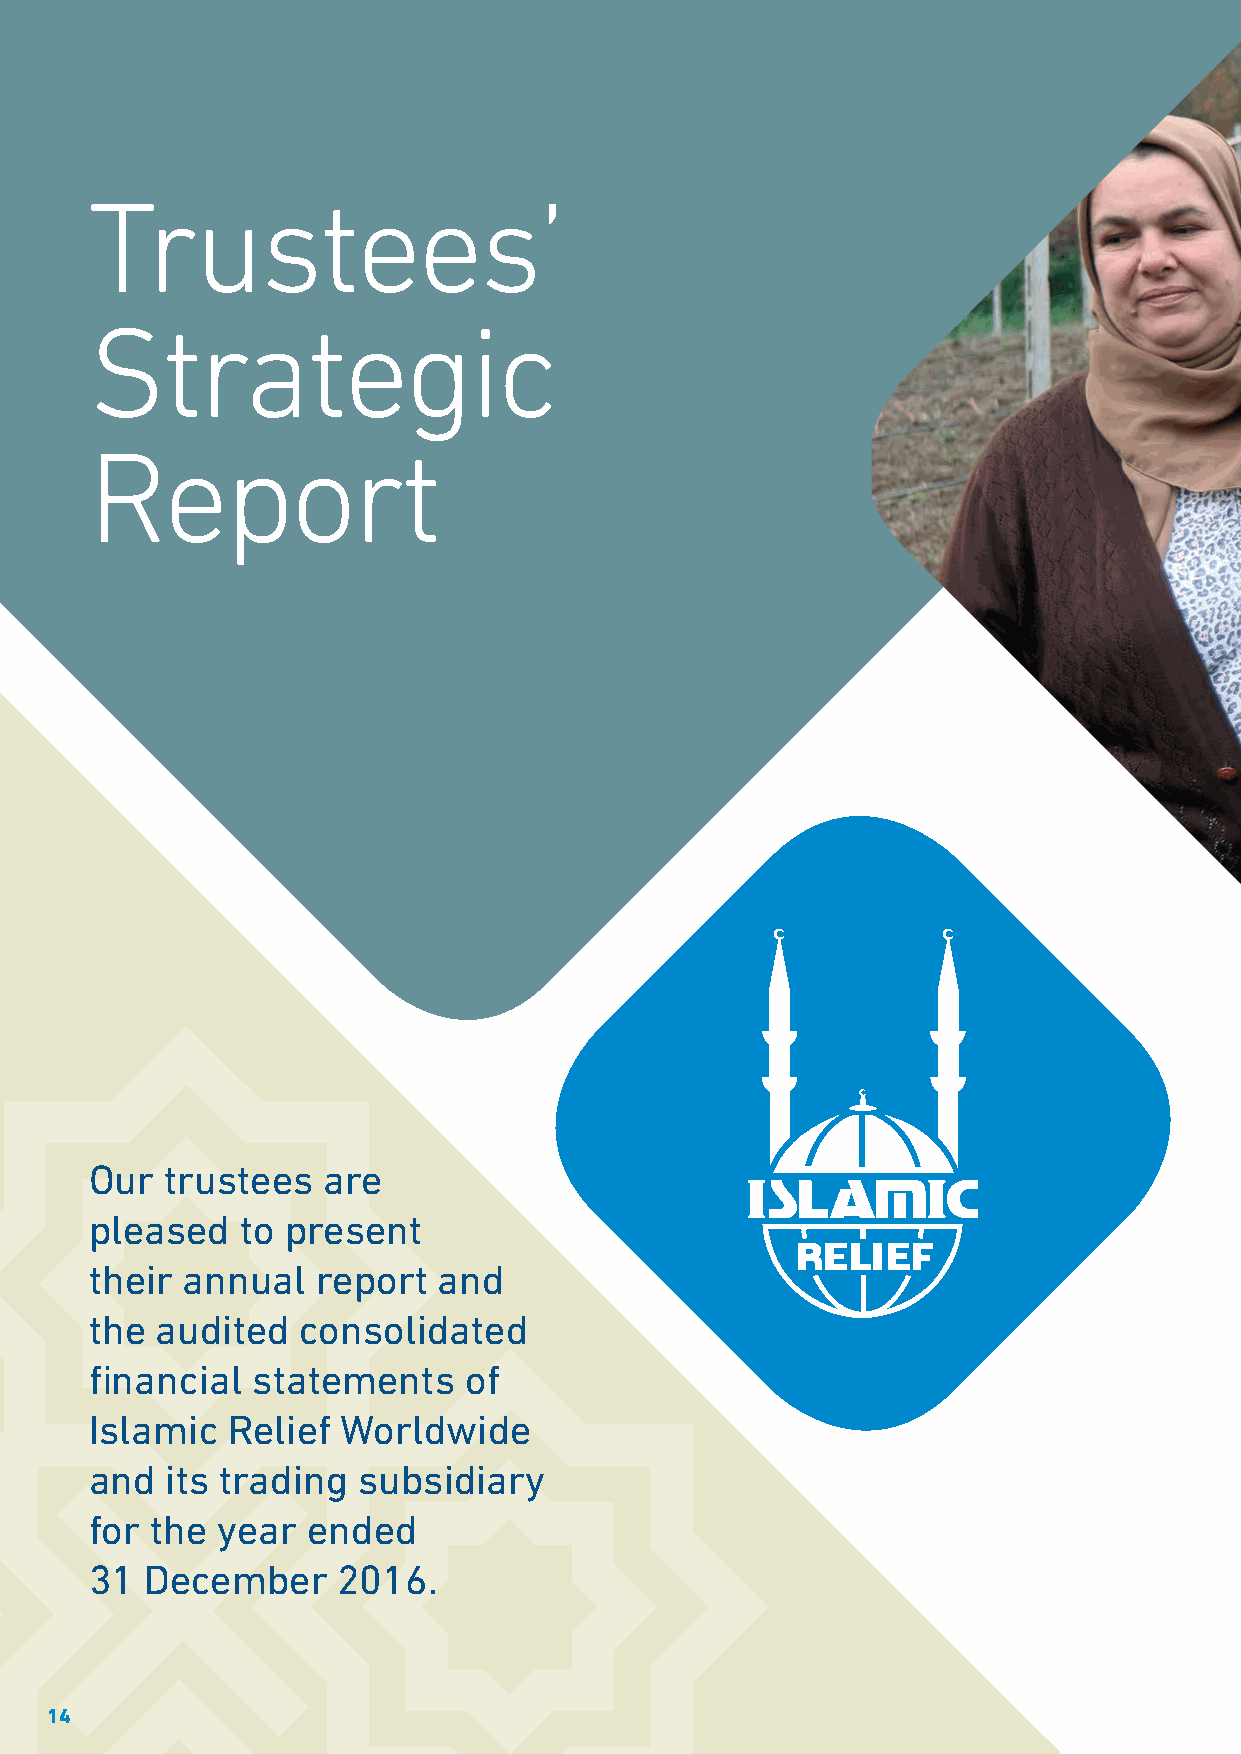
Trustees’
 Strategic
 Report
 Our  trustees  are
 pleased   to present
 their annual   report  and
 the audited   consolidated
 financial  statements    of
 Islamic  Relief  Worldwide
 and  its trading  subsidiary
 for the year  ended
 31  December    2016.
 14